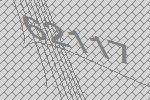
62117